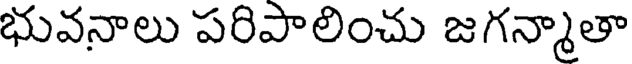
భువనాలు పరిపాలించు జగన్మాతా